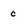
Character: c